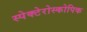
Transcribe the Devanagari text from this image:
स्पेक्टेरोस्कोपिक